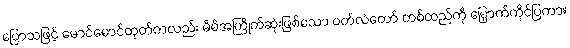
ပြောသဖြင့် မောင်မောင်တုတ်ကလည်း မိမိအကြိုက်ဆုံးဖြစ်သော ဝတ်လဲတော် တစ်ထည်ကို မြှောက်ကိုင်ပြကာ။